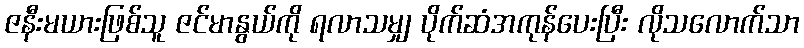
ဇနီးမယားဖြစ်သူ ဇင်မာနွယ်ကို ရလာသမျှ ပိုက်ဆံအကုန်ပေးပြီး လိုသလောက်သာ